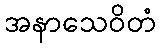
အနာသေဝိတံ